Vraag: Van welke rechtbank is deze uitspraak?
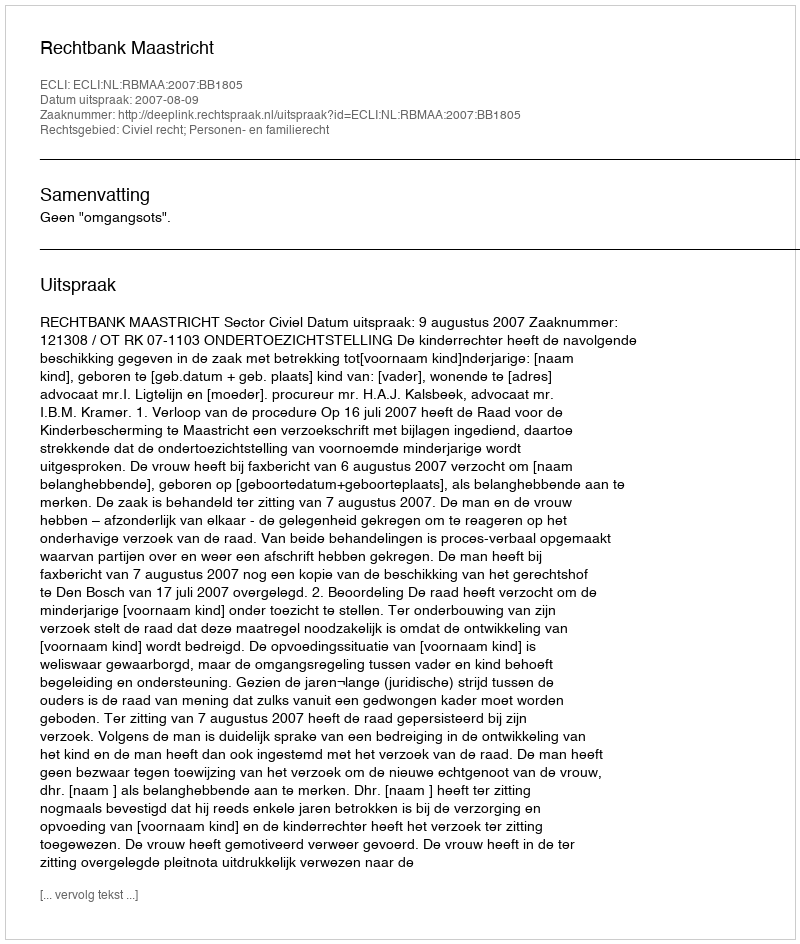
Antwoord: Rechtbank Maastricht